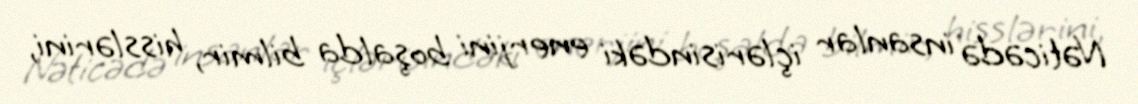
Nəticədə insanlar içlərisindəki enerjini boşalda bilmir, hisslərini,